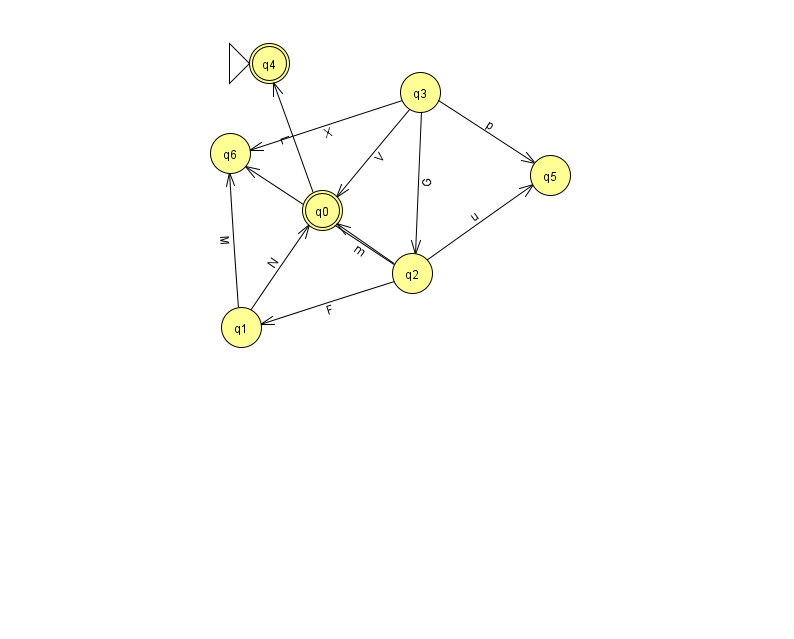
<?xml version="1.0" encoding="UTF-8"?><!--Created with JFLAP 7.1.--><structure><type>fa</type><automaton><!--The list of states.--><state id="0" name="q0"><x>322.0</x><y>197.0</y><final/></state><state id="1" name="q1"><x>241.0</x><y>314.0</y></state><state id="2" name="q2"><x>412.0</x><y>260.0</y></state><state id="3" name="q3"><x>420.0</x><y>79.0</y></state><state id="4" name="q4"><x>269.0</x><y>50.0</y><initial/><final/></state><state id="5" name="q5"><x>550.0</x><y>162.0</y></state><state id="6" name="q6"><x>230.0</x><y>140.0</y></state><!--The list of transitions.--><transition><from>0</from><to>4</to><read>L</read></transition><transition><from>2</from><to>1</to><read>F</read></transition><transition><from>2</from><to>5</to><read>u</read></transition><transition><from>3</from><to>6</to><read>X</read></transition><transition><from>1</from><to>6</to><read>M</read></transition><transition><from>2</from><to>0</to><read>m</read></transition><transition><from>2</from><to>6</to><read>i</read></transition><transition><from>3</from><to>2</to><read>G</read></transition><transition><from>1</from><to>0</to><read>N</read></transition><transition><from>3</from><to>0</to><read>V</read></transition><transition><from>3</from><to>5</to><read>p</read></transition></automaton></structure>